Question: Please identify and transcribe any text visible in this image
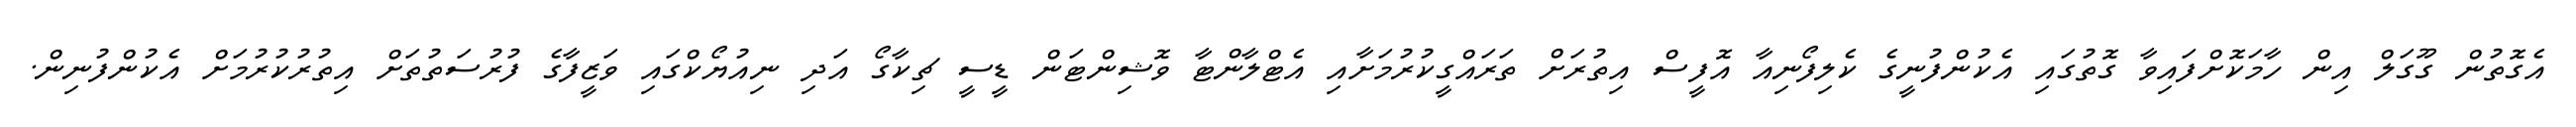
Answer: އެގޮތުން ގޫގަލް އިން ހާމަކޮށްފައިވާ ގޮތުގައި އެކުންފުނީގެ ކެލިފޯނިއާ އޮފީސް އިތުރަށް ތަރައްގީކުރުމަށާއި އެޓްލާންޓާ ވޮޝިންޓަން ޑީސީ ޗިކާގޯ އަދި ނިއުޔޯކްގައި ވަޒީފާގެ ފުރުސަތުތަށް އިތުރުކުރުމަށް އެކުންފުނިން.